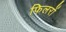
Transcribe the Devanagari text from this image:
फिलरों